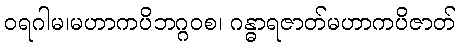
ဝရဂါမ၊မဟာကပိဘဂ္ဂဝစ၊ ဂန္ဓာရဇာတ်မဟာကပိဇာတ်